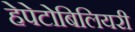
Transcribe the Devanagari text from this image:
हेपेटोबिलियरी